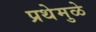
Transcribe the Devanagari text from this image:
प्रथेमुळे